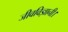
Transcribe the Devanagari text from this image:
जीवविज्ञानी।